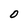
Character: O